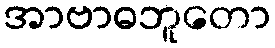
အာဗာဓဘူတော